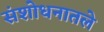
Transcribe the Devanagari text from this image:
संशोधनातले